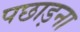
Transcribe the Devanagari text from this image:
पछाड़ना